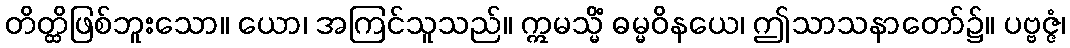
တိတ္ထိဖြစ်ဘူးသော။ ယော၊ အကြင်သူသည်။ ဣမသ္မိံ ဓမ္မဝိနယေ၊ ဤသာသနာတော်၌။ ပဗ္ဗဇ္ဇံ၊